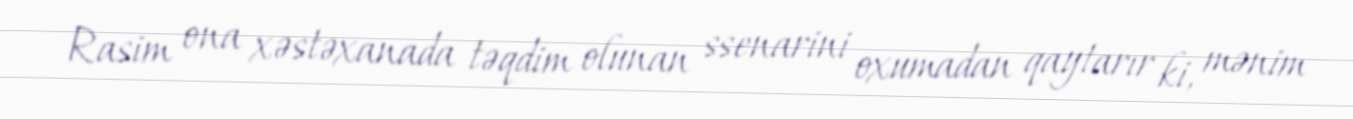
Rasim ona xəstəxanada təqdim olunan ssenarini oxumadan qaytarır ki, mənim